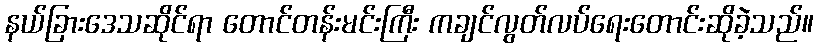
နယ်ခြားဒေသဆိုင်ရာ တောင်တန်းမင်းကြီး ကချင်လွတ်လပ်ရေးတောင်းဆိုခဲ့သည်။